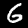
Digit: 6